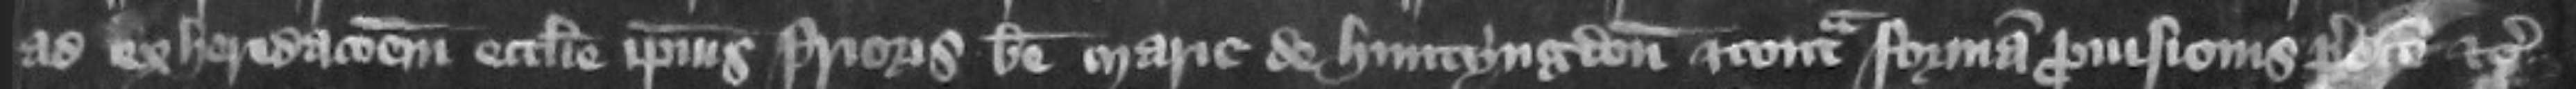
ad exheredacionem ecclesie ipsius prioris beate Marie de Huntyngdon et contra formam prouisionis predicte etc.